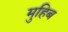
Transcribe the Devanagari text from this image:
मुहिब